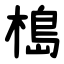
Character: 槝